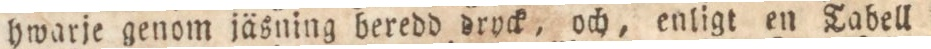
hwarje genom jäsning beredd dryck, och, enligt ne Tabell i